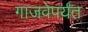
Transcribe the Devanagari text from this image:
गाजवेपर्यंत